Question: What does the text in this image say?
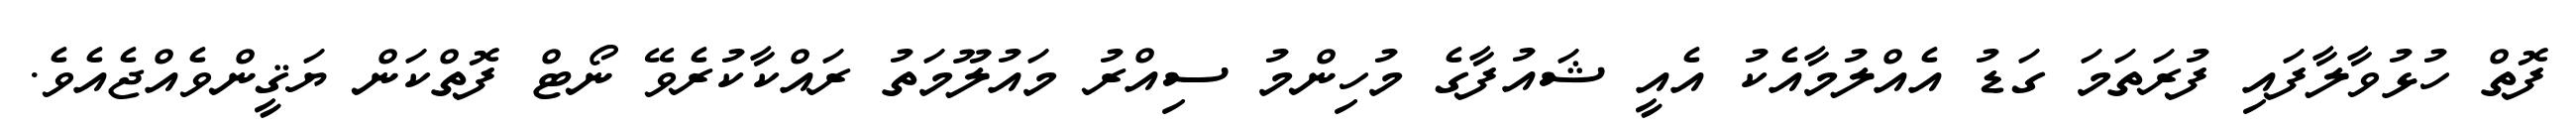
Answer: ފޮތް ހުޅުވާލާފައި ފުރަތަމަ ގަޑު އެއްލުމާއެކު އެއީ ޝައުފާގެ މުހިންމު ސިއްރު މައުލޫމަތު ރައްކާކުރެވޭ ނޯޓް ފޮތްކަން ޔަޤީންވެއްޖެއެވެ.